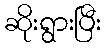
ဆိုးရွားပြီး